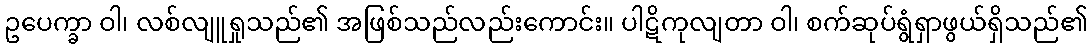
ဥပေက္ခာ ဝါ၊ လစ်လျူရှုသည်၏ အဖြစ်သည်လည်းကောင်း။ ပါဋိကုလျတာ ဝါ၊ စက်ဆုပ်ရွံရှာဖွယ်ရှိသည်၏